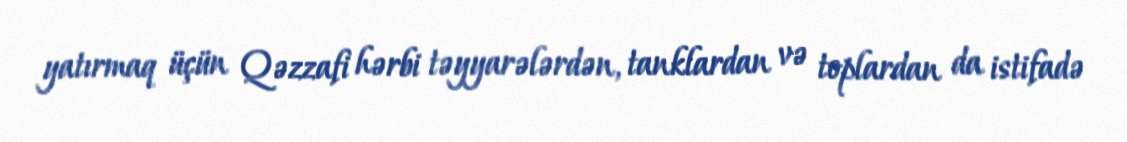
yatırmaq üçün Qəzzafi hərbi təyyarələrdən, tanklardan və toplardan da istifadə